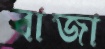
বাজা